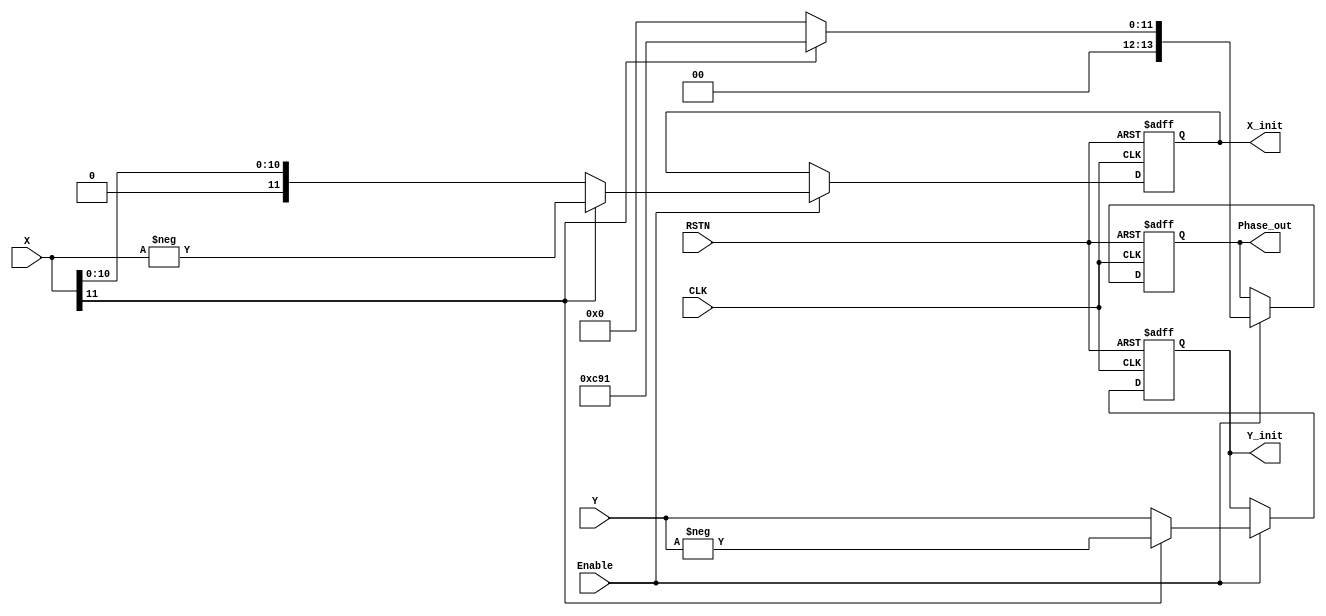
`timescale 1ns / 1ps

module Initial_Stage(
    input  CLK, RSTN,
    input  Enable,
    input  [11:0] X, Y,      //S1.10
    output [11:0] X_init, Y_init, //S1.10
    output [13:0] Phase_out //S3.10
    );
    
    reg [11:0] X_reg, Y_reg;
    reg [13:0] Phase_reg;
    
    assign X_init = X_reg;
    assign Y_init = Y_reg;
    assign Phase_out = Phase_reg;
    
    always @(posedge CLK or negedge RSTN) begin
        if(~RSTN) begin
            X_reg <= 0;
            Y_reg <= 0;
            Phase_reg <= 0;
        end 
        else if(Enable) begin
            X_reg <= X[11]? -X:X;
            Y_reg <= X[11]? -Y:Y;
            Phase_reg <= X[11]? 3217:0;  //round(pi*2^(14-4))
        end    
    end
    
endmodule